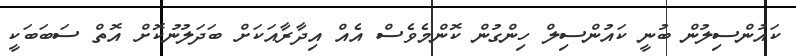
ކައުންސިލުން ބުނީ ކައުންސިލް ހިންގުން ކޮންމެވެސް އެއް އިދާރާއަކަށް ބަދަލުނުކޮށް އޮތް ސަބަބަކީ